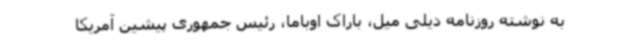
به نوشته روزنامه دیلی میل، باراک اوباما، رئیس جمهوری پیشین آمریکا